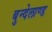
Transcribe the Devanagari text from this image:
बुन्देलाण्ड